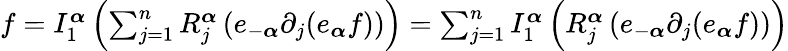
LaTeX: \begin{array}{r}{f=I_{1}^{\boldsymbol{\alpha}}\left(\sum_{j=1}^{n}R_{j}^{\boldsymbol{\alpha}}\left(e_{-\boldsymbol{\alpha}}\partial_{j}(e_{\boldsymbol{\alpha}}f)\right)\right)=\sum_{j=1}^{n}I_{1}^{\boldsymbol{\alpha}}\left(R_{j}^{\boldsymbol{\alpha}}\left(e_{-\boldsymbol{\alpha}}\partial_{j}(e_{\boldsymbol{\alpha}}f)\right)\right)}\end{array}